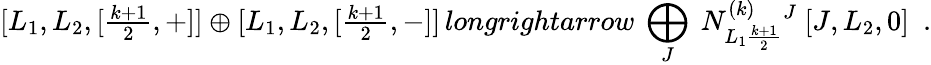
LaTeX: [L_{1},L_{2},[{\textstyle\frac{k+1}{2}},+]]\oplus[L_{1},L_{2},[{\textstyle\frac{k+1}{2}},-]]\, longrightarrow\ \bigoplus_{J}\ N_{L_{1}\frac{k+1}{2}}^{(k)}{}^{J}\ [J,L_{2},0]\ \ .